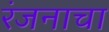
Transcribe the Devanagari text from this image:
रंजनाचा